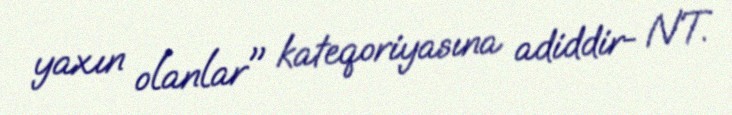
yaxın olanlar" kateqoriyasına adiddir- NT.